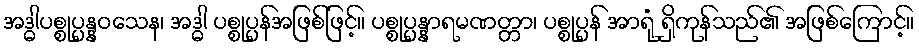
အဒ္ဓါပစ္စုပ္ပန္နဝသေန၊ အဒ္ဓါ ပစ္စုပ္ပန်အဖြစ်ဖြင့်။ ပစ္စုပ္ပန္နာရမဏတ္တာ၊ ပစ္စုပ္ပန် အာရုံ ရှိကုန်သည်၏ အဖြစ်ကြောင့်။